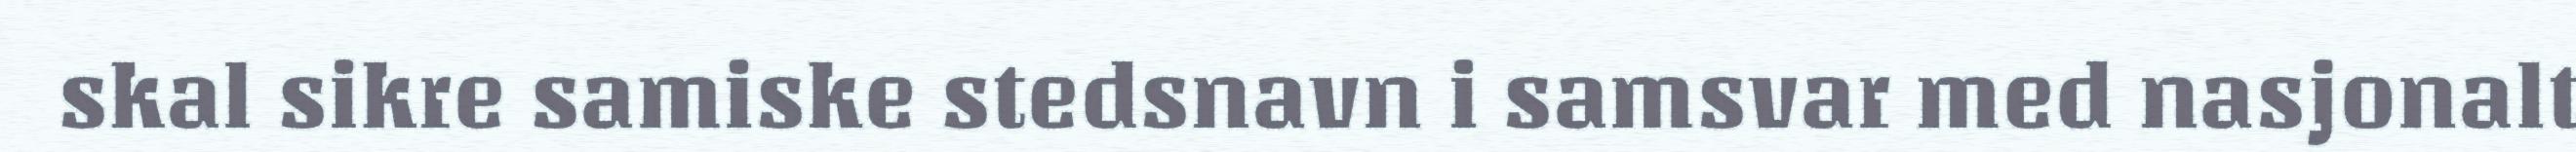
skal sikre samiske stedsnavn i samsvar med nasjonalt